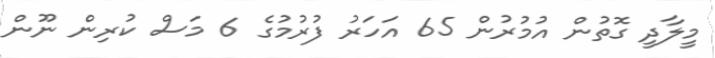
މީލާދީ ގޮތުން އުމުރުން 65 އަހަރު ފުރުމުގެ 6 މަސް ކުރިން ނޫން